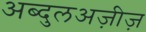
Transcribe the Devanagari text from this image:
अब्दुलअज़ीज़